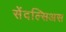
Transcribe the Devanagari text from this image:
सेंदल्सिअस